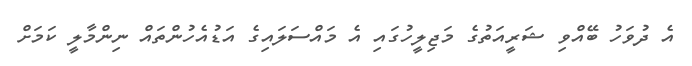
އެ ދުވަހު ބޭއްވި ޝަރީއަތުގެ މަޖިލީހުގައި އެ މައްސަލައިގެ އަޑުއެހުންތައް ނިންމާލީ ކަމަށް